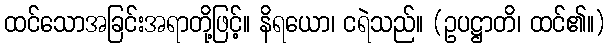
ထင်သောအခြင်းအရာတို့ဖြင့်။ နိရယော၊ ငရဲသည်။ (ဥပဋ္ဌာတိ၊ ထင်၏။)